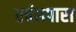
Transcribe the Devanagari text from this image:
एवंछपारा